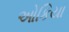
ઓકિયા